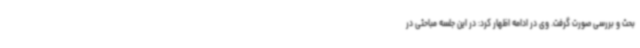
بحث و بررسی صورت گرفت. وی در ادامه اظهار کرد: در این جلسه مباحثی در